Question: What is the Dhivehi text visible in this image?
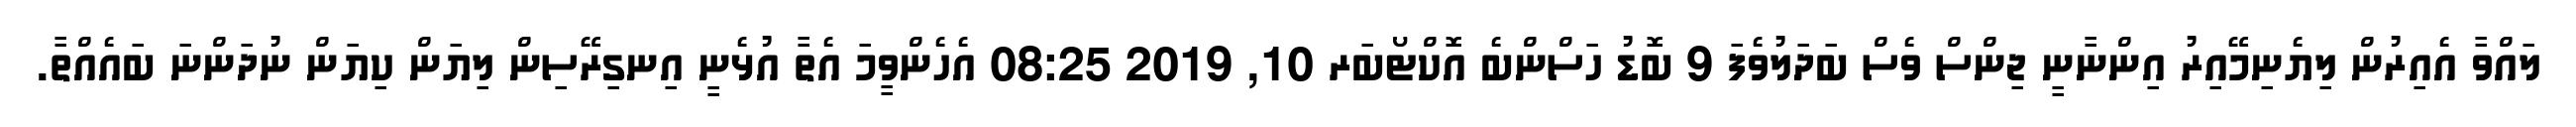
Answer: ލައްވާ އެއިރުން ލިޔެނިމޭއިރު އިންނާނީ ޖިންސް ވެސް ބަދަލުވެފަ 9 ބޮޑު ހަސްންބެ އޮކްޓޯބަރ 10, 2019 08:25 އެހެންވީމަ އެތާ އުޅެނީ އިނގިރޭސިން ލިޔަން ކިޔަން ނުދަންނަ ބައެއްތާ.